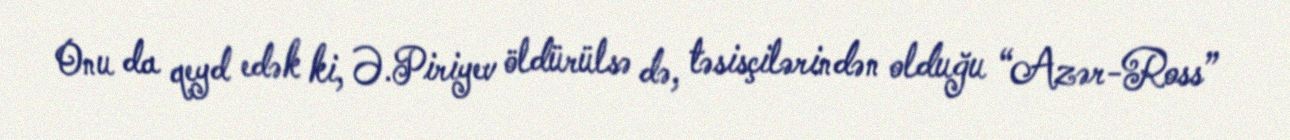
Onu da qeyd edək ki, Ə.Piriyev öldürülsə də, təsisçilərindən olduğu “Azər-Ross”